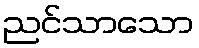
ညင်သာသော